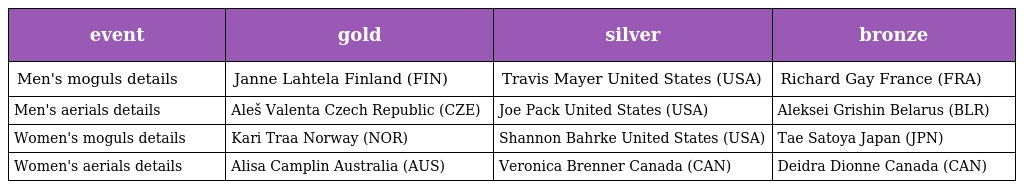
| event | gold | silver | bronze |
 | --- | --- | --- | --- |
 | Men's moguls details | Janne Lahtela Finland (FIN) | Travis Mayer United States (USA) | Richard Gay France (FRA) |
 | Men's aerials details | Aleš Valenta Czech Republic (CZE) | Joe Pack United States (USA) | Aleksei Grishin Belarus (BLR) |
 | Women's moguls details | Kari Traa Norway (NOR) | Shannon Bahrke United States (USA) | Tae Satoya Japan (JPN) |
 | Women's aerials details | Alisa Camplin Australia (AUS) | Veronica Brenner Canada (CAN) | Deidra Dionne Canada (CAN) |